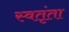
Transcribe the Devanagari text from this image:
स्वतृंता